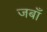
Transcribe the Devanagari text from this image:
जबाँ